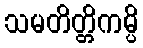
သမတိတ္တိကမ္ပိ